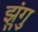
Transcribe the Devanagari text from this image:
झुंगु